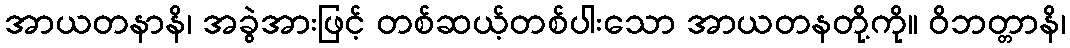
အာယတနာနိ၊ အခွဲအားဖြင့် တစ်ဆယ့်တစ်ပါးသော အာယတနတို့ကို။ ဝိဘတ္တာနိ၊